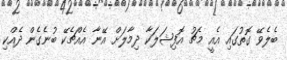
ބެލެވޭ ގޮތުގައި އެއީ މެޗު އޮފިޝަލަކާ ދިމާލަށް އޭނާ އެއްޗެކޭ ބުނެގެން ދެއްކި